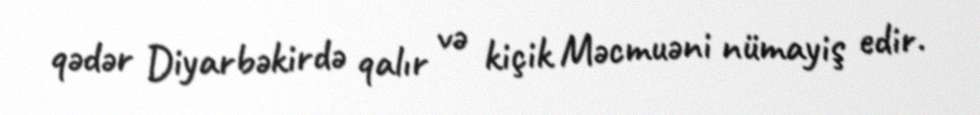
qədər Diyarbəkirdə qalır və kiçik Məcmuəni nümayiş edir.